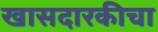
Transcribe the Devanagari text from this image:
खासदारकीचा